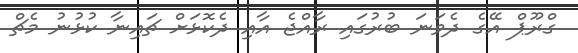
ގްރޫޕް އޭގެ ދެވަނަ ބުރުގައި ރާއްޖެ އާއި ދެކޮޅަށް ޗައިނާ ކުޅުނު މެޗް